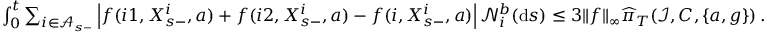
\begin{array} { r l } & { \int _ { 0 } ^ { t } \sum _ { i \in \mathcal A _ { s - } } \left| f { ( i 1 , X _ { s - } ^ { i } , a ) } + f { ( i 2 , X _ { s - } ^ { i } , a ) } - f { ( i , X _ { s - } ^ { i } , a ) } \right| \mathcal N _ { i } ^ { b } ( \mathrm { d } s ) \leq 3 \| f \| _ { \infty } \widehat { \pi } _ { T } ( \mathcal I , C , \{ a , g \} ) \, . } \end{array}